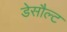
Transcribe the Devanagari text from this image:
डेसौल्ट